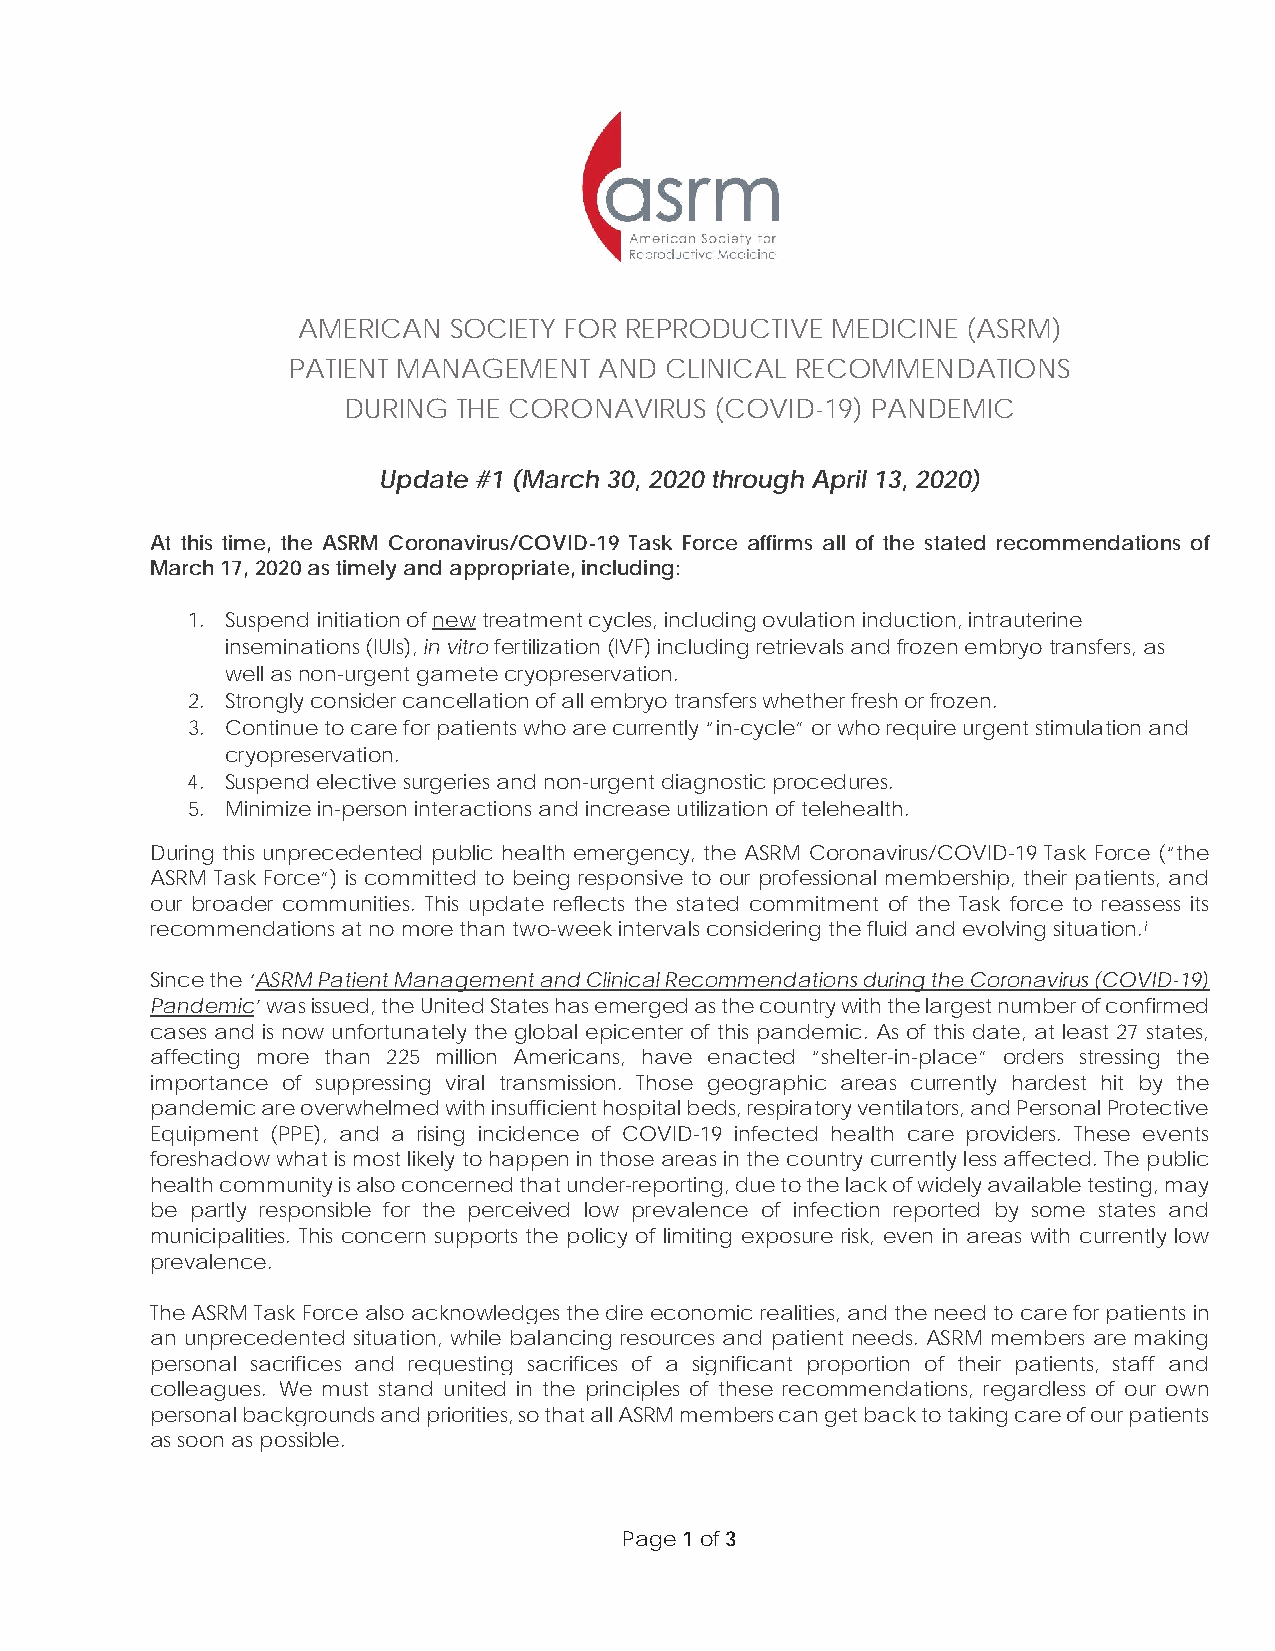
AMERICAN  SOCIETY FOR REPRODUCTIVE MEDICINE (ASRM)
 PATIENT MANAGEMENT   AND CLINICAL RECOMMENDATIONS
 DURING THE CORONAVIRUS  (COVID-19) PANDEMIC
 Update #1 (March 30, 2020 through April 13, 2020)
 At this time, the ASRM Coronavirus/COVID-19 Task Force affirms all of the stated recommendations of
 March 17, 2020 as timely and appropriate, including:
 1. Suspend initiation of new treatment cycles, including ovulation induction, intrauterine
 inseminations (IUIs), in vitro fertilization (IVF) including retrievals and frozen embryo transfers, as
 well as non-urgent gamete cryopreservation.
 2. Strongly consider cancellation of all embryo transfers whether fresh or frozen.
 3. Continue to care for patients who are currently “in-cycle” or who require urgent stimulation and
 cryopreservation.
 4. Suspend elective surgeries and non-urgent diagnostic procedures.
 5. Minimize in-person interactions and increase utilization of telehealth.
 During this unprecedented public health emergency, the ASRM Coronavirus/COVID-19 Task Force (“the
 ASRM Task Force”) is committed to being responsive to our professional membership, their patients, and
 our broader communities. This update reflects the stated commitment of the Task force to reassess its
 recommendations at no more than two-week intervals considering the fluid and evolving situation.i
 Since the ‘ASRM Patient Management and Clinical Recommendations during the Coronavirus (COVID-19)
 Pandemic’ was issued, the United States has emerged as the country with the largest number of confirmed
 cases and is now unfortunately the global epicenter of this pandemic. As of this date, at least 27 states,
 affecting more than 225 million Americans, have enacted “shelter-in-place” orders stressing the
 importance of suppressing viral transmission. Those geographic areas currently hardest hit by the
 pandemic are overwhelmed with insufficient hospital beds, respiratory ventilators, and Personal Protective
 Equipment (PPE), and a rising incidence of COVID-19 infected health care providers. These events
 foreshadow what is most likely to happen in those areas in the country currently less affected. The public
 health community is also concerned that under-reporting, due to the lack of widely available testing, may
 be partly responsible for the perceived low prevalence of infection reported by some states and
 municipalities. This concern supports the policy of limiting exposure risk, even in areas with currently low
 prevalence.
 The ASRM Task Force also acknowledges the dire economic realities, and the need to care for patients in
 an unprecedented situation, while balancing resources and patient needs. ASRM members are making
 personal sacrifices and requesting sacrifices of a significant proportion of their patients, staff and
 colleagues. We must stand united in the principles of these recommendations, regardless of our own
 personal backgrounds and priorities, so that all ASRM members can get back to taking care of our patients
 as soon as possible.
 Page 1 of 3